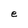
Character: e